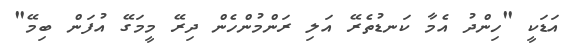
އަޑަކީ "ހިންދު އެމާ ކަނޑުތެރޭ އަލި ރަންމުންހެން ދިރޭ މީމަގޭ އުފަން ބިމޭ"